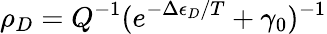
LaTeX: \rho_{D}=Q^{-1}(e^{-\Delta\epsilon_{D}/T}+\gamma_{0})^{-1}